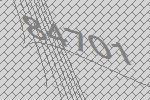
84701